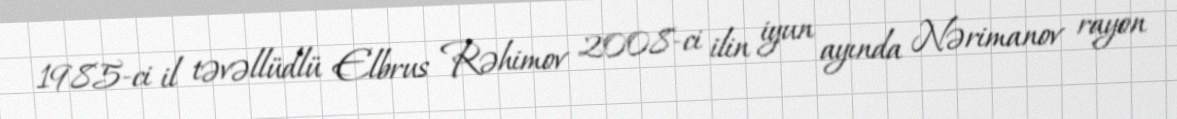
1985-ci il təvəllüdlü Elbrus Rəhimov 2008-ci ilin iyun ayında Nərimanov rayon